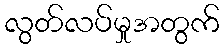
လွတ်လပ်မှုအတွက်